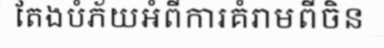
តែងបំភ័យអំពីការគំរាមពីចិន